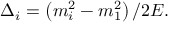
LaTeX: \Delta _ { i } = \left( m _ { i } ^ { 2 } - m _ { 1 } ^ { 2 } \right) / 2 E .